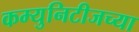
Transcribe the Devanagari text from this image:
कम्युनिटीजच्या